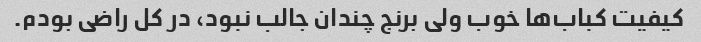
کیفیت کباب‌ها خوب ولی برنج چندان جالب نبود، در کل راضی بودم.